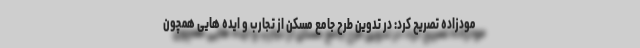
مودزاده تصریح کرد: در تدوین طرح جامع مسکن از تجارب و ایده هایی همچون